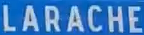
LARACHE